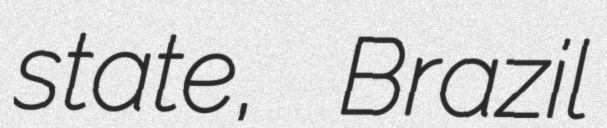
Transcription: state, Brazil